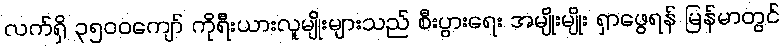
လက်ရှိ ၃၅၀၀ကျော် ကိုရီးယားလူမျိုးများသည် စီးပွားရေး အမျိုးမျိုး ရှာဖွေရန် မြန်မာတွင်